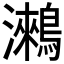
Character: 𪅍